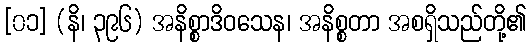
[၀၁] (နိ၊ ၃၉၆) အနိစ္စာဒိဝသေန၊ အနိစ္စတာ အစရှိသည်တို့၏